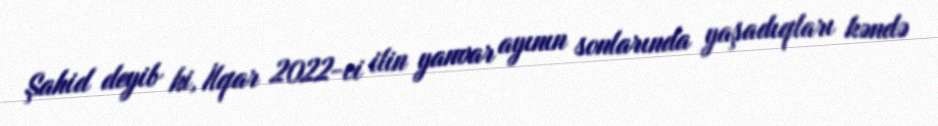
Şahid deyib ki, İlqar 2022-ci ilin yanvar ayının sonlarında yaşadıqları kəndə